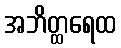
အဘိတ္ထရေထ